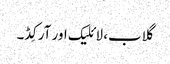
گلاب، لائلیک اور آرکِڈ۔